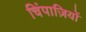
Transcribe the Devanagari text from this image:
चिंपाज़ियों